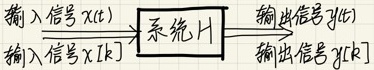
输入信号 \(x(t)\) \(\boxed{系统H}\) 输出信号 \(y(t)\)
输入信号 \(x[k]\) \(\boxed{系统H}\) 输出信号 \(y[k]\)